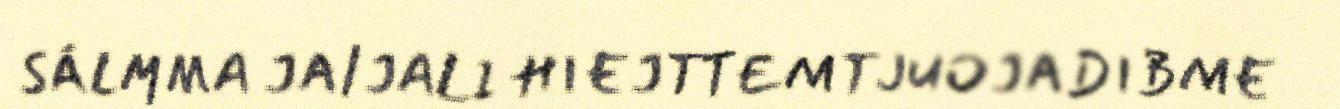
SÁLMMA JA/JALI HIEJTTEMTJUOJADIBME